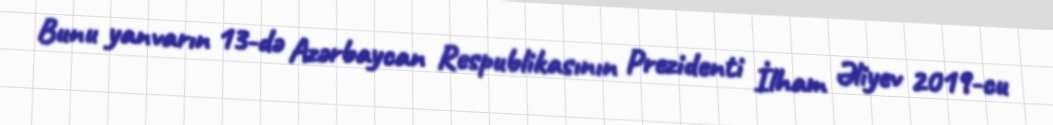
Bunu yanvarın 13-də Azərbaycan Respublikasının Prezidenti İlham Əliyev 2019-cu